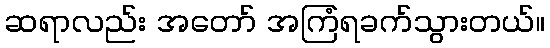
ဆရာလည်း အတော် အကြံရခက်သွားတယ်။